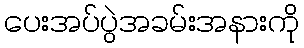
ပေးအပ်ပွဲအခမ်းအနားကို